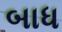
બાધ